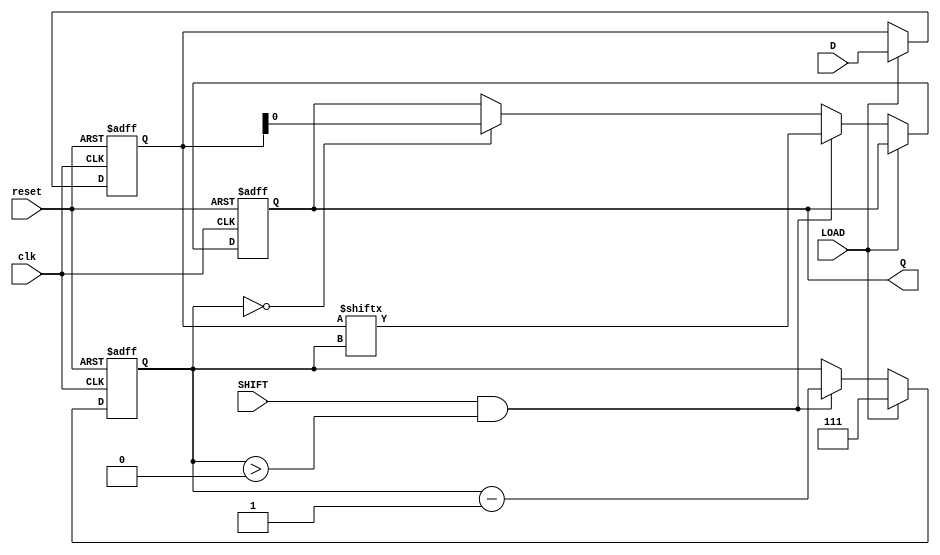
module TwoStagePISO (
    input wire clk,          // Clock signal
    input wire reset,        // Reset signal
    input wire LOAD,         // Load control signal
    input wire SHIFT,        // Shift control signal
    input wire [7:0] D,      // 8-bit parallel data input
    output reg Q            // Serial output
);

    // Internal registers for the two stages
    reg [7:0] input_reg;     // Input stage register
    reg [7:0] output_reg;    // Output stage register
    reg [2:0] bit_count;     // Bit counter for shifting

    // Reset and Load logic
    always @(posedge clk or posedge reset) begin
        if (reset) begin
            input_reg <= 8'b0;   // Clear input register
            output_reg <= 8'b0;  // Clear output register
            Q <= 1'b0;            // Clear output
            bit_count <= 3'b0;    // Reset bit count
        end else begin
            if (LOAD) begin
                input_reg <= D;    // Load data into input register
                output_reg <= D;   // Initialize output register with input data
                bit_count <= 3'd7;  // Start shifting from the most significant bit
            end else if (SHIFT && bit_count > 0) begin
                Q <= output_reg[bit_count]; // Shift out the current bit
                bit_count <= bit_count - 1; // Decrement the bit count
            end else if (bit_count == 0) begin
                Q <= output_reg[0]; // Shift out the last bit
            end
        end
    end

endmodule